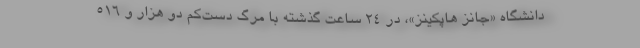
دانشگاه «جانز هاپکینز»، در ۲۴ ساعت گذشته با مرگ دست‌کم دو هزار و ۵۱۶